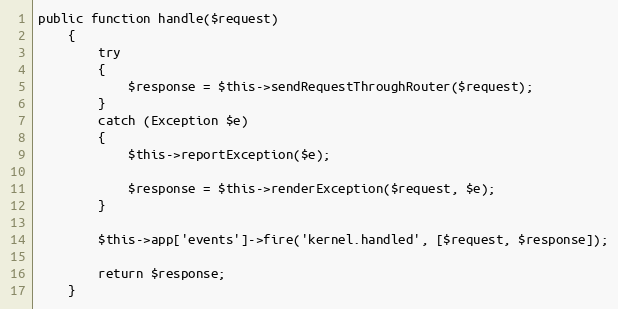
Language: PHP
public function handle($request)
	{
		try
		{
			$response = $this->sendRequestThroughRouter($request);
		}
		catch (Exception $e)
		{
			$this->reportException($e);

			$response = $this->renderException($request, $e);
		}

		$this->app['events']->fire('kernel.handled', [$request, $response]);

		return $response;
	}